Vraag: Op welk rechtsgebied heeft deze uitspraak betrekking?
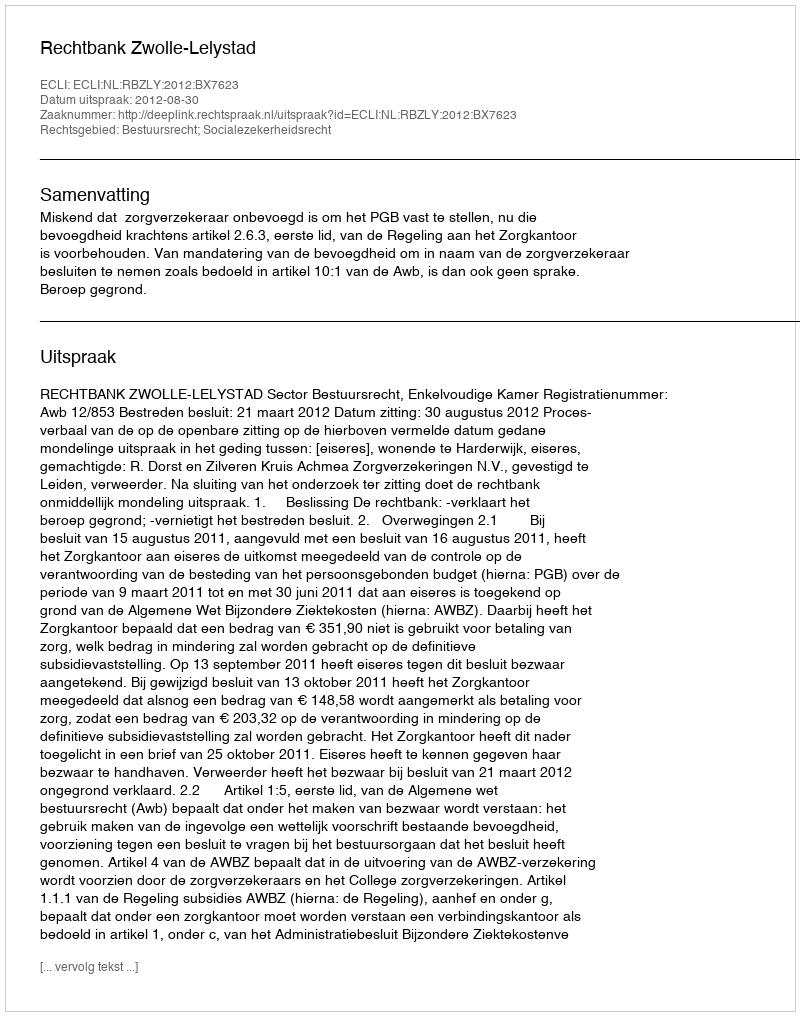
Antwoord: Bestuursrecht; Socialezekerheidsrecht